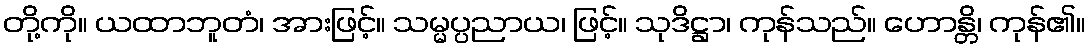
တို့ကို။ ယထာဘူတံ၊ အားဖြင့်။ သမ္မပ္ပညာယ၊ ဖြင့်။ သုဒိဋ္ဌာ၊ ကုန်သည်။ ဟောန္တိ၊ ကုန်၏။